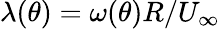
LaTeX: \lambda(\theta)={\omega(\theta)R}/{U_{\infty}}